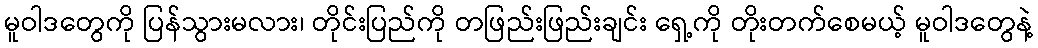
မူဝါဒတွေကို ပြန်သွားမလား၊ တိုင်းပြည်ကို တဖြည်းဖြည်းချင်း ရှေ့ကို တိုးတက်စေမယ့် မူဝါဒတွေနဲ့